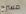
مسرح